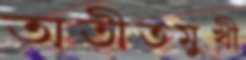
অতীতমুখী